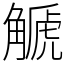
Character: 䚦